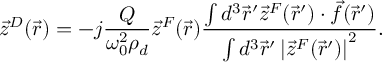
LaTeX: \vec { z } ^ { D } ( \vec { r } ) = - j \frac { Q } { \omega _ { 0 } ^ { 2 } \rho _ { d } } \vec { z } ^ { F } ( \vec { r } ) \frac { \int d ^ { 3 } \vec { r } ^ { \prime } \vec { z } ^ { F } ( \vec { r } ^ { \prime } ) \cdot \vec { f } ( \vec { r } ^ { \prime } ) } { \int d ^ { 3 } \vec { r } ^ { \prime } \left| \vec { z } ^ { F } ( \vec { r } ^ { \prime } ) \right| ^ { 2 } } .